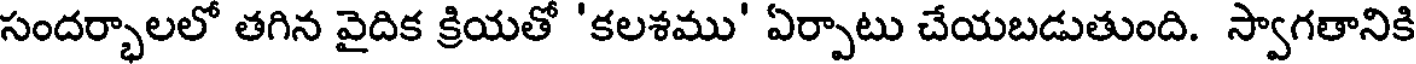
సందర్భాలలో తగిన వైదిక క్రియతో 'కలశము' ఏర్పాటు చేయబడుతుంది. స్వాగతానికి